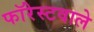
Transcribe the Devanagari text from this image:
फॉरेस्टवाले